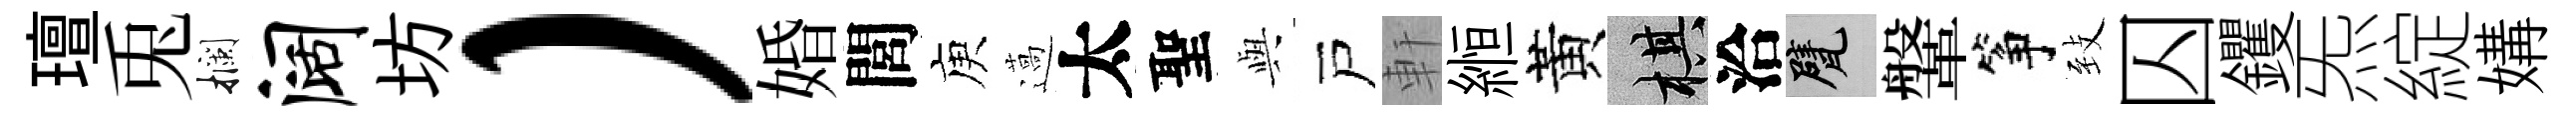
璮兎攔阔坊）婚閭庾薖太聖𫤰戸軒縆黃棋洽甓鞶筝𦤺囚钁炁綻媾